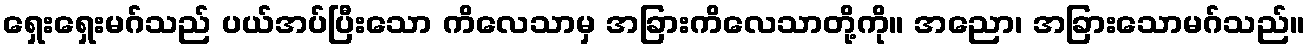
ရှေးရှေးမဂ်သည် ပယ်အပ်ပြီးသော ကိလေသာမှ အခြားကိလေသာတို့ကို။ အညော၊ အခြားသောမဂ်သည်။